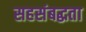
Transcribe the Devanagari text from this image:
सहसंबद्धता